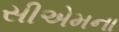
સીએમના